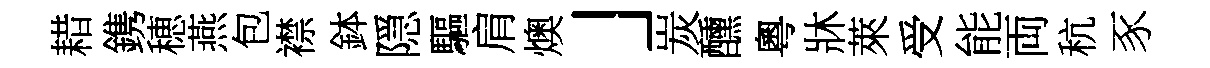
耤鎸穂燕包襟鉢隠驅肩燠」炭醺粵牀萊受能両秔豕